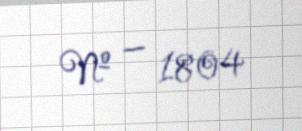
№ — 1804